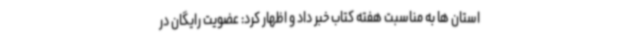
استان ها به مناسبت هفته کتاب خبر داد و اظهار کرد: عضویت رایگان در